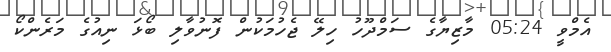
އެމްވީ 05:24 މާޒިޔާގެ ސަމްދޫހު ހިލޭ ޖެހުމަކުން ފޮނުވާލި ބޯޅަ ނިއުގެ މަރެންކޯ